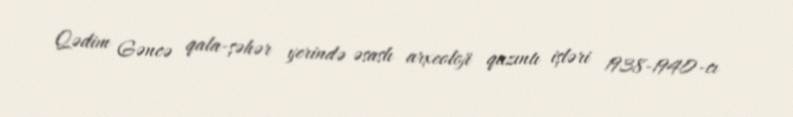
Qədim Gəncə qala-şəhər yerində əsaslı arxeoloji qazıntı işləri 1938-1940-cı